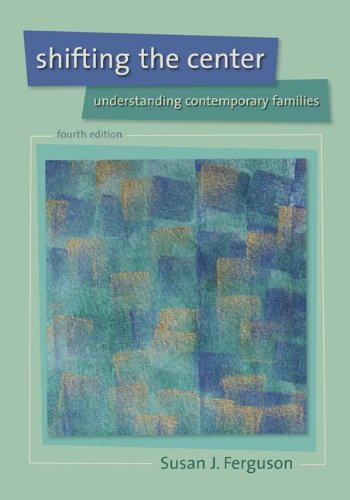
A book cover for Shifting the Center: Understanding Contemporary Families; Susan J Ferguson; Politics & Social Sciences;